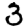
Digit: 3